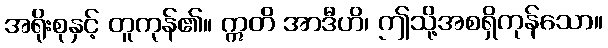
အရိုးစုနှင့် တူကုန်၏။ ဣတိ အာဒီဟိ၊ ဤသို့အစရှိကုန်သော။